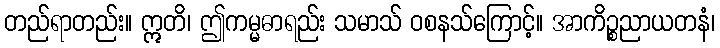
တည်ရာတည်း။ ဣတိ၊ ဤကမ္မဓာရည်း သမာသ် ဝစနသ်ကြောင့်။ အာကိဉ္စညာယတနံ၊